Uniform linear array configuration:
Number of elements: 24
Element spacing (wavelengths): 0.25
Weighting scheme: blackman
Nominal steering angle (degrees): -45
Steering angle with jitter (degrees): -43.499
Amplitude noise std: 0.05
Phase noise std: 0.05

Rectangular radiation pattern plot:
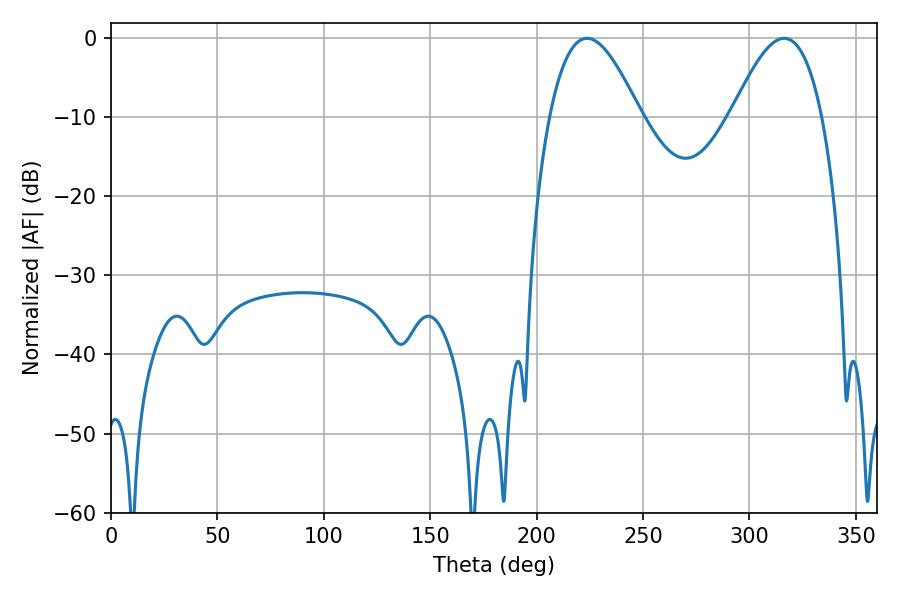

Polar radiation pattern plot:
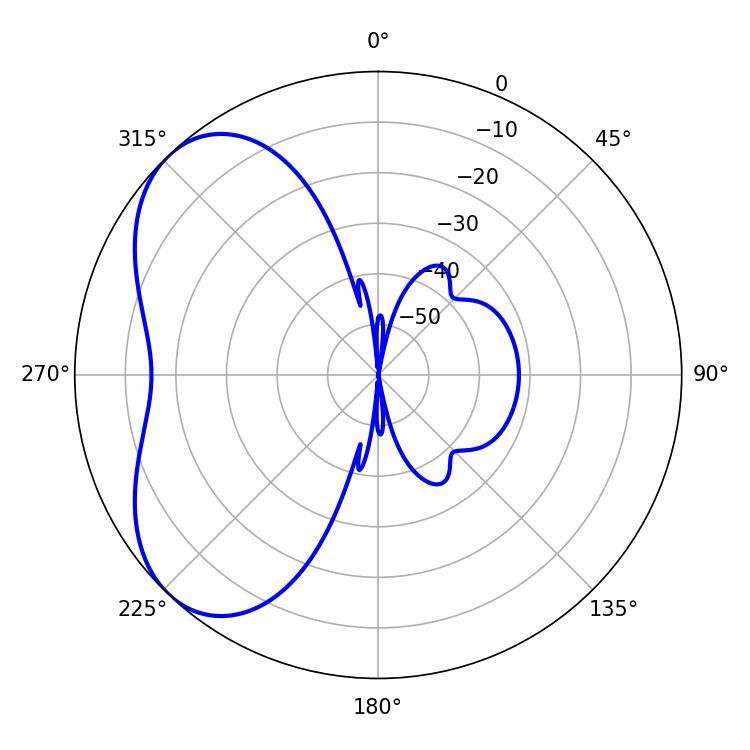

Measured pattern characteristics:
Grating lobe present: FALSE
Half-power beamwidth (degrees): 23.04
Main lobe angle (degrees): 223.74